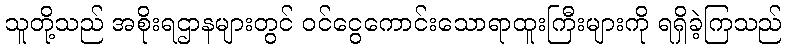
သူတို့သည် အစိုးရဌာနများတွင် ဝင်ငွေကောင်းသောရာထူးကြီးများကို ရရှိခဲ့ကြသည်